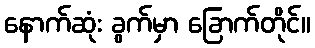
နောက်ဆုံး ခွက်မှာ ခြောက်တိုင်။